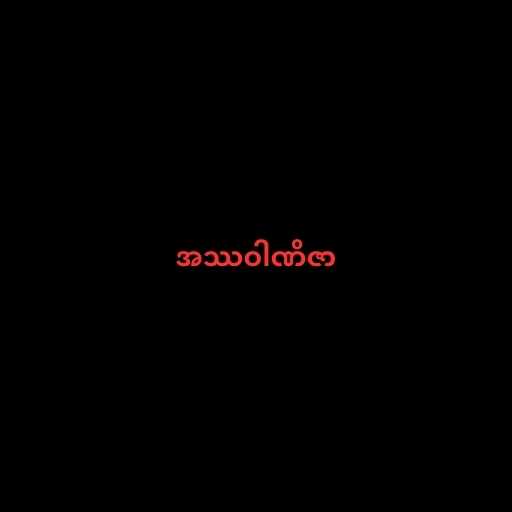
အဿဝါဏိဇာ